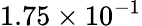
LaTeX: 1.75\times 10^{-1}